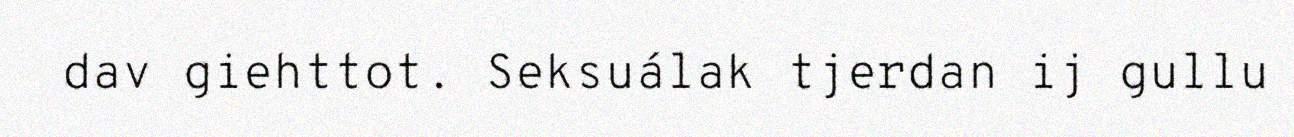
dav giehttot. Seksuálak tjerdan ij gullu